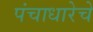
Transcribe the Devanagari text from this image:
पंचाधारेचे